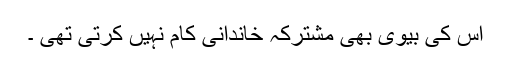
اس کی بیوی بھی مشترکہ خاندانی کام نہیں کرتی تھی ۔